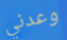
وعدني